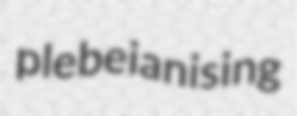
plebeianising